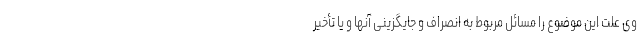
وی علت این موضوع را مسائل مربوط به انصراف و جایگزینی آنها و یا تأخیر